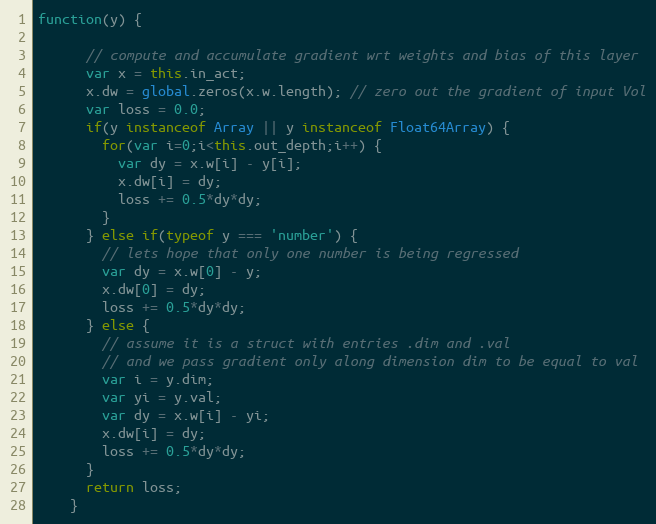
Language: JavaScript
function(y) {

      // compute and accumulate gradient wrt weights and bias of this layer
      var x = this.in_act;
      x.dw = global.zeros(x.w.length); // zero out the gradient of input Vol
      var loss = 0.0;
      if(y instanceof Array || y instanceof Float64Array) {
        for(var i=0;i<this.out_depth;i++) {
          var dy = x.w[i] - y[i];
          x.dw[i] = dy;
          loss += 0.5*dy*dy;
        }
      } else if(typeof y === 'number') {
        // lets hope that only one number is being regressed
        var dy = x.w[0] - y;
        x.dw[0] = dy;
        loss += 0.5*dy*dy;
      } else {
        // assume it is a struct with entries .dim and .val
        // and we pass gradient only along dimension dim to be equal to val
        var i = y.dim;
        var yi = y.val;
        var dy = x.w[i] - yi;
        x.dw[i] = dy;
        loss += 0.5*dy*dy;
      }
      return loss;
    }